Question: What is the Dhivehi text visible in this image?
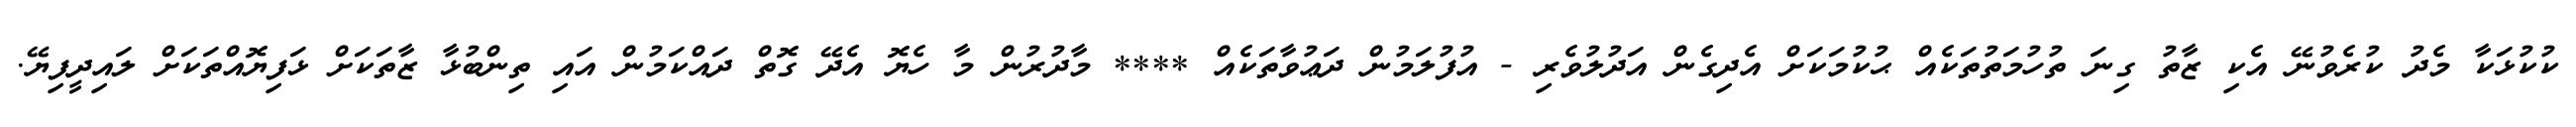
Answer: ކުކުޅަކާ މެދު ކުރެވުނޭ އެކި ޒާތު ގިނަ ތުހުމަތުތަކެއް ޙުކުމަކަށް އެދިގެން އަދުލުވެރި - އުފުލަމުން ދަޢުވާތަކެއް **** މާދުރުން މާ ހެޔޮ އެދޭ ގޮތް ދައްކަމުން އައި ތިންބުޅާ ޒާތަކަށް ޅަފިޔޮއްތަކަށް ލައިދީފިޔޭ.